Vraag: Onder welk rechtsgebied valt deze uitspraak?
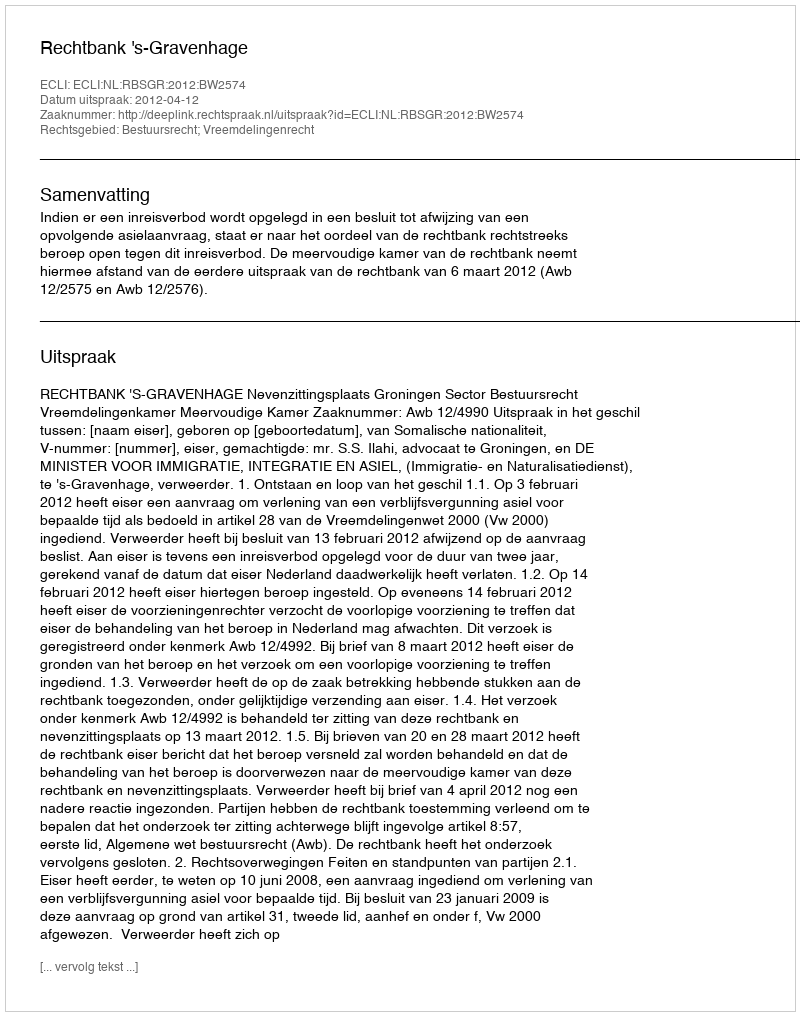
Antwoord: Bestuursrecht; Vreemdelingenrecht